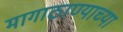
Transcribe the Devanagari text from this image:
मागाठाण्याच्या